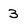
Character: 3